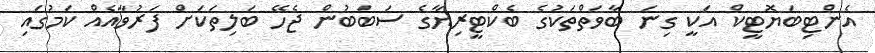
އެންޓިބަޔޮޓީކް އަކީ ގިނަ ބާވަތްތަކުގެ ބެކްޓީރިޔާގެ ސަބަބުން ޖެހޭ ބަލިތަކަށް ފަރުވާއެއް ކަމުގައި